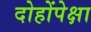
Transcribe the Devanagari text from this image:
दोहोंपेक्षा